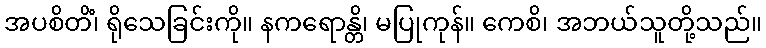
အပစိတိံ၊ ရိုသေခြင်းကို။ နကရောန္တိ၊ မပြုကုန်။ ကေစိ၊ အဘယ်သူတို့သည်။